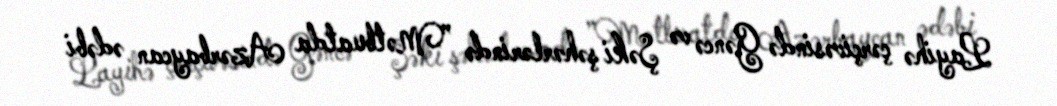
Layihə çərçivəsində Gəncə və Şəki şəhərlərində ”Mətbuatda Azərbaycan ədəbi